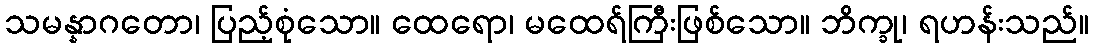
သမန္နာဂတော၊ ပြည့်စုံသော။ ထေရော၊ မထေရ်ကြီးဖြစ်သော။ ဘိက္ခု၊ ရဟန်းသည်။